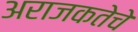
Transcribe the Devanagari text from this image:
अराजकतेचे